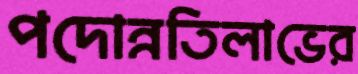
পদোন্নতিলাভের